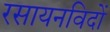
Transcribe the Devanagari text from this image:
रसायनविदों